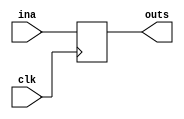
// It's a DFF in a box with a nice name on it.
module synchronizer( clk, ina, outs );
input wire clk;
input wire ina; // Async input
output reg outs; // Synced output

always @( posedge clk ) outs <= ina;
endmodule